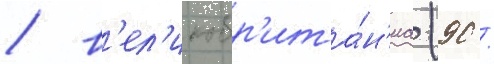
/ в'ел'икобр'ита́н'иа (90 /